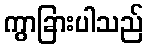
ကွာခြားပါသည်